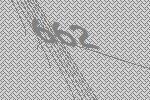
662